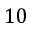
1 0